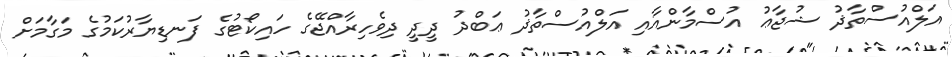
އަލްއުސްތާޛު ޝުޖާޢު އުސްމާންއާއި އަލްއުސްތާޛު ޢަބްދު ދީދީ ދިވެހިރާއްޖޭގެ ހައިކޯޓުގެ ފަނޑިޔާރުކަމުގެ މަގާމަށް